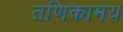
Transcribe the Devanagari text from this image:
तणिकामय